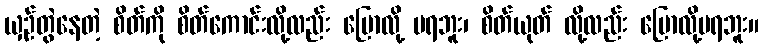
ယှဉ်တွဲနေတဲ့ စိတ်ကို စိတ်ကောင်းလို့လည်း ပြောလို့ မရဘူး၊ စိတ်ယုတ် လို့လည်း ပြောလို့မရဘူး။